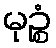
မုဉ္စံ